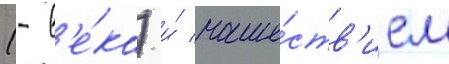
(- в'е́ка) и́ наше́ств'ием